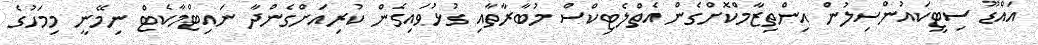
އައްޑޫ ސިޓީކައުންސިލުން އިންތިޒާމްކޮށްގެން އެތްލެޓިކްސް މުބާރާތާއި ގުޅުވައިގެން ކުރިއަށްގެންދާ ނައިޓްމާކެޓް ނިމޭނީ މިމަހުގެ